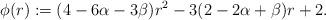
LaTeX: \begin{align*}\phi(r):=(4-6\alpha-3\beta)r^2-3(2-2\alpha+\beta)r+2.\end{align*}